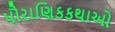
પૌરાણિકકથાઓ